Vital statistics of India. Vol. V, Reports of 1876 on armies & jails and on epidemic cholera
Year: 1876
Disease focus: Cholera
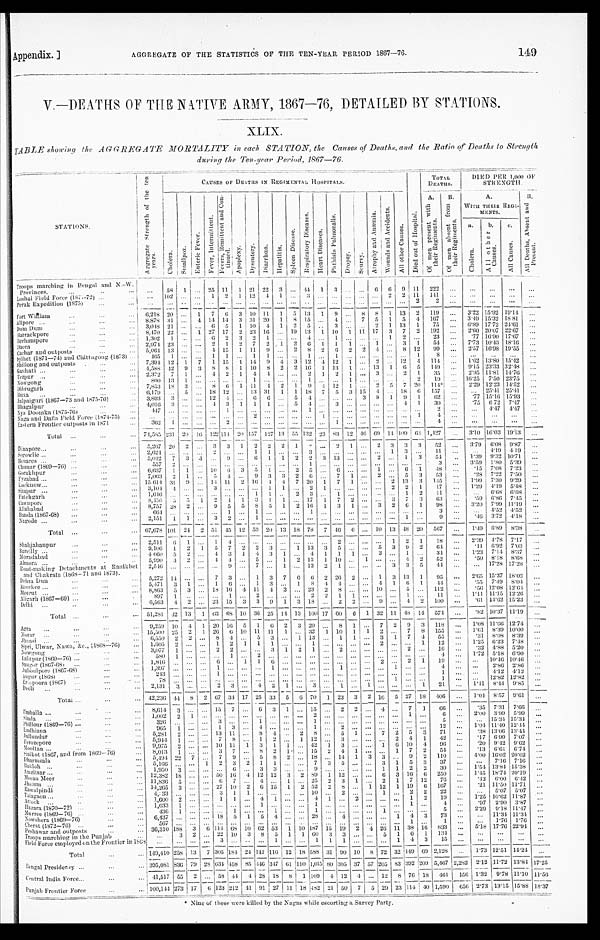
Appendix.]
AGGREGATE OF THE STATISTICS OF THE TEN-YEAR PERIOD 1867—76.
149
V.—DEATHS OF TIME NATIVE ARMY, 1867—76, DETAILED BY STATIONS.
XLIX.
TABLE showing the AGGREGATE MORTALITY in each STATION, the Causes of Deaths, and the Ratio of Deaths to Strength
during the Ten-year Period, 1867—76.
S T A T I O N S .
A g g r e g a t e S t r e n g t h o f t h e t e n y e a r s .
CAUSES OF DEATHS IN REGIMENTAL HOSPITALS.
D i e d o u t o f H o s p i t a l .
TOTAL
DEATHS.
DIED PER
1,000 STRENGTH.
C h o l e r a .
S m a l l p o x .
E n t e r i c F e v e r .
F e v e r I n t e r m i t t e n t .
F e v e r s , R e m i t t e n t a n d C o n - t i n u e d .
A p o p l e x y .
D y s e n t e r y .
D i a r r h œ a .
H e p a t i t i s .
S p l e e n D i s e a s e .
R e s p i r a t o r y D i s e a s e s .
H e a r t D i s e a s e s .
P h t h i s i s P u l m o n a l i s .
D r o p s y .
S c u r v y .
A t r o p h y a n d A n æ m i a .
W o u n d s a n d A c c i d e n t s .
A l l o t h e r C a u s e s .
A . O f m e n P r e s e n t w i t h t h e i r R e g i m e n t s .
B . O f m e n a b s e n t f r o m t h e i r R e g i m e n t s .
A . W I T H T H E I R R E G I - M E N T S .
B . A l l D e a t h s , A b s e n t a n d P r e s e n t .
a . C h o l e r a .
b . A l l O t h e r C a u s e s .
c . A l l C a u s e s .
Troops marching in Bengal and N.
-W. Provinces. . . .
. . .
58
1
. . .
25 11
1 21 22
3
. . .
4 4 1
3
. . .
. . .
6
6 9 11
222
. . .
. . .
. . .
. . .
. . .
. . .
102
. . .
. . .
1
2
1
12
4
1 . . .
3
. . .
. . .
. . .
. . .
. . .
2
2
1 1
1 4 1
. . .
. . .
. . .
. . .
. . .
Loshai Field Force (1871-72) . . .
Perak Expedition (1875) . . .
. . .
. . .
. . .
. . .
. . .
. . . . . .
. . .
. . .
. . . . . .
. . .
. . .
. . . . . .
. . .
. . .
. . .
. . .
2
2
. . .
. . .
. . .
. . .
. . .
Fort Wihiam . . .
6,218 20
. . .
1
7
6
3 10 11
1
5
13
1
9
. . .
8
8
1
13
2
119
. . .
3.22 15.92 19.14
. . .
8.878 31
. . .
4 14 14
3
31 20
1
8 15
. . .
4
. . .
7
5
1
5
4
167
. . .
3.49 15.32 18.81
. . .
Alipore . . .
3,048
2 1
. . .
. . . 6
5
1
1 0
4
1
2
5
. . .
3
. . .
. . . 2
1
13
1
75
. . .
6.89 17.72 24.61
. . .
Dum Dum . . .
8,470 22
. . .
1 27 17
2 23 16
. . .
19 13
1 10
1
11 17
3
7
2
192
. . .
2.60 20.07 22.67
. . .
Barrackpore . . .
1,302
1
. . .
. . .
6
2
3
2
1
. . . . . .
4
. . .
1
. . .
. . .
. . . 1
2
. . .
23
. . .
.77 16.90 17.67
. . .
Berhampore . . .
2,974 23
. . .
. . . 2
1
2
7
2
1
2
6
1
1
1
. . .
1
. . .
3
1
54
. . .
7.73 10.43 18.16
. . .
Dacca . . .
5,064
1 3
. . .
. . .
4 15
1
11
9
. . .
2
8
2
6
2
2
4
. . .
8 12
99
. . .
2.57 16.98 19.55
. . .
Cachar and outposts . . .
4 6 5
1
. . .
. . .
1
1
. . .
1
1
. . . . . .
1
. . .
1
. . .
. . .
. . .
. . .
. . . 1
8
. . .
. . .
. . .
. . . . . .
Sylhet (1871—74) and Chittagong (1873) . . .
7,394 12
1
7
1 15
1
14
9
4
3 12
4 12
1
. . .
2
. . . 12
4
114
. . .
1.62 13.80 154.2
. . .
Shillong and outposts . . .
4,588 42
9
3
8
8
1
10
8
2
2 16
1
13
1
. . . 13
1
6
5
1 4 9
. . .
9.15 23.33
3 2 . 4 8
. . .
G a u h a t i . . .
2,372
7
1
. . . 4
2
1
4
4
. . . . . .
2
1
2
1
. . . 3
. . .
2
1
35
. . .
2.95 11.81
1 4 . 7 6
. . .
Tezpur . . .
Nowgong . . .
800 13
1
. . .
. . .
. . .
. . .
1
. . .
. . . . . .
1
. . .
. . .
1
. . .
. . .
. . .
. . .
2
19
. . .
16.25 7.50 23.75
. . .
7,853
1 8 3
. . .
8
6
1
11
4
2
1
9
4
1 2 1
. . . 2
5
7 20
114*
. . .
2.29 12.23 14.52
. . .
Dibrugarh . . .
6,179
. . . 5
. . .
1 8 12
. . .
1 3 31
1
1
18
7
5
3 15
4
. . .
18
6
157
. . .
. . .
25.41 25.41
. . .
Buxa . . .
Jalpaiguri (1867—73 and 1875-76) . . .
3,893
3
. . .
. . . 12
4
. . . 6
6
. . .
5
4
. . .
. . . . . .
3
8
1
9
1
6 2
. . .
. 7 7 15.16 15.93
. . .
4,016
3
. . .
. . . 4
3
1
1
1
. . .
5
4
. . .
3
. . .
. . .
. . .
. . .
4
1
30
. . .
.75 6 72
7.47
. . .
Bhagalpur . . .
417
. . .
. . .
. . .
. . .
1
. . .
. . .
. . .
. . . . . .
1
. . .
. . . . . .
. . .
. . .
. . .
. . .
. . .
2
. . .
. . .4.47
4 . 4 7
. . .
Nya Doomka (1875-76) . . .
. . .
. . .
. . .
. . .
. . .
. . .
. . .
2
. . .
. . . . . .
. . .
1
. . . . . .
. . .
. . .
. . .
. . . 1
4
. . .
. . .
. . .
. . . . . .
Naga and Dafla Field Force (1874-75) . . .
E a s t e r n F r o n t i e r o u t p o s t s i n 1 8 7 1 . . .
362
1
. . .
. . .
. . .
2
. . .
. . .
. . .
. . . . . .
. . .
. . .
1 . . .
. . .
. . .
. . .
. . .
. . .
4
. . .
. . .
. . .
. . . . . .
Total . . .
74,585
231
20
16 122 1 1 4
20 157 127 13 55 132
2 3
8 3
12
4 6 69 14 109
6 4
1,427
. . .
3 . 1 0
1 6 . 0 3 19.13
. . .
Dinapore . . .
5,267 20
2
. . .
3
3
1
2
2
2
1
2
. . .
2 1
. . .
2 3
3
3
52
. . .
3 . 7 9
6.08 9.87
. . .
2,624
. . . . . .
. . .
2
. . .
. . .
1
1
. . . . . .
3
. . .
. . . . . .
. . .
. . .
1
3
. . .
1 1 . . .
. . .
4 . 1 9
4 . 1 9. . .
Segowlie . . .
5,042
7
3 .1
. . .
9
. . .
6
1
1
2
2
3 13
. . .
. . .
2
. . . 1
3
54
. . .
1.39 9.32 10.71
. . .
Benares . . .
557
2
. . .
. . .
. . .
. . .
. . .
. . .
. . .
. . . . . .
1
. . .. . .
. . .
. . .
. . .
. . .
. . .
. . .
3
. . .
3.59
1.80 5.39 . . .
Chunar (1869-76) . . .
6,637
1
1
. . . 10
6
3
5
1
. . .
2
5
. . .
6
. . .
. . .
1
. . . 6
1
4 8
. . .
.15
7.08
7.23
. . .
Gorakhpur . . .
7,063
2
1
. . .
5
4
. . .
9
3
3
2
6
. . .
7
1
. . . 2
. . . 5
3
53
. . .
.28
7.22
7.50
. . .
Fyzabad . . .
15,614 31
9
. . .
1 4 1 1
2 16
4 4
7
2 0 1
7
1
. . .
. . . 2 13
3
145
. . .
1.99
7.30 9.29
. . .
Lucknow . . .
Sitapur . . .
3,104
4
. . .
. . .
3
. . .
. . .
. . . 1
1 . . .
2
1 . . .
. . .
. . .
. . . 2
2
1
17
. . .
1.29 4.19
5.48
. . .
1,646
. . .
. . .
. . .
. . .
. . .
. . .
1
1
. . .
2
3
. . .
1
. . .
. . .
. . .
. . .
1
2
1 1
. . .
. . .
6.68
6.68
. . .
F a t e h g a r h . . .
8,456
5
5
1
2
4
1
3
1
1 . . .
1 7
1
7
2
. . .
. . .
3
7
3
63
. . .
. 5 9 6.86 7.45
. . .
Cawnpore . . .
8,757 28
2
. . .
9
5
5
8
5
1
2 16
1
3
1
. . .
3 2
6
1
9 8
. . .
3.20 7.99 11.19
. . .
Allahabad . . .
664
. . .
. . .
. . .
. . .
1
. . .
1
. . .
. . . . . .
1 . . . . . .
. . .
. . .
. . .
. . .
. . .
. . .
3
. . .
. . .
4.52 4.52
. . .
Banda (1867-68) . . .
2,151
1
1
. . .
3
2
. . .
1
. . .
. . . . . .
. . .
. . . . . .
. . .
. . .. . .
. . .
1
. . .
9
. . .
. 4 6 3.72
4 . 1 8
. . .
Nagode . . .
Tot al . . . 67,678
1 0 1
24
2 51 45
12 53 20 13 18
78
7 46
6
. . . 10 13 48 20
567
. . .
1.49
6 . 8 9 8.38 . . .
Shahjahanpur . . .
2,511
6
1
. . .
1
4
. . .
. . .
. . .
. . .
. . .
. . .
. . .
2
. . .
. . .
. . .
1
2
1
1 8
. . .
2.39 4.78
7.17
. . .
9,106
1
2
1
5
7
2
2
3
. . .
1 13
3
5
. . .
. . .
5
3
9
2
6 4
. . .
. 1 1
6.92
7.03 . . .
Bareilly . . .
4 060
5
2
. . .
4
3
1
4
3
1 . . .
4
1
1
1
. . . 3
. . .
1
. . .
34
. . .
1.23 7.14
8.37
. . .
Moradabed . . .
5,990
3
2
. . .
4
4
. . . 5
. . .
1
2 13
1 10
. . .
1
. . .
. . .
4
2
52
. . .
.50 8.18 8.68 . . .
Almora . . .
2,546
. . .
. . .
. . .
. . .
9
. . .
7
. . .
1 . . . 13
2
1
. . .
. . .
. . .
3
3
5
4 4
. . .
. . .
17.28 17.28
. . .
Road-making Detachments at Ranikhet and Chakrata (1868—71 and 1873). . . .
5,272
1 4
. . .
. . .
7
3
. . .
1
3
7
6
6
2 26
2
. . . 1
3
13
1
9 5
. . .
2.65 15.37 18.02 . . .
Dehra Dun . . .
5,471
3
1
. . .
1
6
. . .
1
3
. . .
1
8
4 4
. . .
. . . 4
1
6
1
4 4
. . .
. 5 5 7.49
8.04
. . .
Roorkee . . .
8,863
5
3
. . . 18 16
4 11
4
3 . . .
2 3 2
8
. . .
. . . 10
. . .
5
. . .
1 1 2
. . .
. 5 6 12.08 12.64 . . .
Meerut . . .
897
1
. . .
. . .
. . .
1
. . . 2
. . .
. . . . . .
2
2
1
1
. . .
. . .
. . .
1
. . .
1 1 . . .
1 . 1 1 11.15 12.26
. . .
Aligarh (1867—69) . . .
6,563
4
2
. . . 23 15
3
3
9
1
3 18
. . .
2
2
. . .
9
. . .
4
2
1 0 0
. . .
. 6 1
1 4 . 6 2
1 5 . 2 3
. . .
Delhi . . .
Total . . .
51,281 42 13
1 63 68 10 36 25 14 13 100 17 60
6
1 32
1 1 48 14
574
. . .
.82 10.37 11.19
. . .
Agra . . .
9,259 10
4
1
20 16
5
1
6 2
3 20
. . .
8
1
. . . 7
2
9
3
118
. . .
1.08 11.66 12.74
. . .
15,500 25
2
1 26
6 10 11
11
1 . . .
3 2 1
10
1
1
2
. . . 7
8
155
. . .
1 . 6 1 8.39 10.00
. . .
Morar . . .
6,550
2
2
. . . 8
4 . . .
5
3
. . . 1 13
. . .
1
1
. . .
3
1
7
4.
55
. . .
.31
8.08
8.39
. . .
Jhansi . . .
1,605
2
. . .
. . .
1
2
1
1
1
. . . . . .
1
. . . . . .
. . .
. . . 2
. . .
. . .
1
12
. . .
1 . 2 5
6 . 2 3 7.48
. . .
Sipri, Ulwar, Nawa, &c., (1868—76) . . .
3,077
1
. . .
. . .
2
2 . . .
. . .
3
1
2
1
. . . 2
. . .
. . .
. . .
. . . 2
. . .
16
. . .
.32 4.88 5.20
. . .
Nowgong . . .
580
1
. . .
. . .
. . .
1 . . .
2
. . .
. . . . . .
. . .
. . . . . .
. . .
. . .
. . .
. . .
. . .
. . .
4
. . .
1.72
5.18 6.90
. . .
Lalitpur (1869—76) . . .
1,816
. . .
. . .
. . .
6
. . .
1
1
6
. . .
. . .
. . .
. . . . . .
. . .
. . .
2
. . . 2
1
19
. . .
. . .
10.46 10.46
. . .
Sangor (1867-68) . . .
Jubbulpore (1867-68) . . .
1,397
. . .
. . .. . .
1
. . . . . .
. . .
1
. . .
. . .
. . .
. . .1
. . .
. . .
. . .
1
. . .
. . .
4
. . .
. . .
2.86 2.86
. . .
243
. . .
. . .. . .
1
. . . . . .
. . .
. . .
. . .
. . .
. . .. . . . . .
. . .
. . . . . .
. . .
. . .
. . . 1
. . .
. . .
4 . 1 2
4 . 1 2
. . .
Augur (1868) . . .
Erinpoora (1867) . . .
78
. . .
. . .. . .
. . .
. . . . . .
. . .
. . .
. . .
. . .
. . .. . .
. . .
. . .
. . .
. . .
1
. . .
. . .
1
. . .
. . .
12.82 12.82
. . .
2,131
3
. . . . . .
2
3 . . .
4
2
1
. . . 3 . . .
1
. . .
1
. . .
. . .
. . .
1
21
. . .
1.41
8 . 4 4
9 . 8 5
. . .
Deoli . . .
Total . . .
42,236 44
8
2 67
3 4 17 25 33
5
6 70
1
23
3
2 1 6
5 27 18
4 0 6
. . .
1.04
8.57 9.61
. . .
Umballa . . .
8,614
3 . . . . . . 15
7 . . .
6
3
1
. . .
1 5
. . .
2 2
. . .
4
. . . 7
1
66
. . .
. 3 5
7.31
7.66
. . .
1 , 0 0 2
2
1 . . .
. . .
. . .. . .
. . .
. . .
. . .
. . .
2 . . .
. . .
. . .
. . .
. . .
. . .
1
. . .
6
. . .
2.00
3 . 9 9 5.99
. . .
Simla . . .
326
. . . . . . . . .
3
. . . . . .
1
. . .
. . .
. . .
1 . . .
. . .
. . .
. . .
. . .
. . .
. . .
. . .
5
. . .
. . .
15.34 15.34
. . .
Phillour (1869—76) . . .
965
1 . . . . . .
1
3 . . .
4
. . .
. . .
. . .
1 . . .
2
. . .
. . .
. . .
. . .
. . .
. . .
1 2
. . .
1.04
1 1 . 4 0 12.44
. . .
Ludhiana . . .
5,281
2 . . . . . . 13 11 . . .
8
4
. . .
2
8 . . .
5
1
. . .
7
2
5
3
71
. . .
.38 13.06 13.44
. . .
Jullundur . . .
5,944
1 . . . . . .
7
8 . . .
1
2
. . .
1
12 . . .
3
. . .
. . .
. . .
2
4
1
4 2
. . .
.17
6.90
7.07
. . .
Ferozepore . . .
9,975
2 . . . . . . 10 11
1
3
1
1
. . . 42
1
3
. . .
. . . 1
6 10
4
96
. . .
. 2 0
9.42 9.62
. . .
Mooltan . . .
8,013
1 . . . . . .
3
7 . . .
8
2
1
. . . 15
2
4
1
. . .
. . .
1
7
2
54
. . .
.13 6.61 6.74
. . .
Sialkot (1867, and from 1869—76) . . .
5 , 4 9 4
2 2
7 . . .
7
9 . . .
5
8
2
. . . 18 . . . 14
1
3
3
. . . 9
2
1 1 0
. . .
4.00
16.02
2 0 . 0 2
. . .
Dharmsala . . .
5,166
. . . . . .
1
2
3
2
1
1
. . .
. . . 7
3 5
. . .
. . .
3
1
5
3
37
. . .
. . .
7 . 1 6 7.16
. . .
Bakloh . . .
1 ,950
3 . . . . . .
. . .
6 . . .
3
3
. . .
. . . 9 . . .
. . .
. . .
. . . 1
1
2
2
30
. . .
1 . 5 4
1 3 . 8 4
1 5 . 3 8
. . .
Amritsar . . .
12,382 18 . . . . . . 50 1 6
4 12 12
3
2 89
1
12
. . .
. . . 6
3 16
6
250
. . .
1.45 18.74 20.19
. . .
Meean Meer . . .
11,836
5 . . . . . .
6
7 . . .
4
. . .
1
. . . 25
2 3
1
. . .
2
1
7 12
76
. . .
. 4 2 6.00
6 . 4 2
. . .
Jhelum . . .
14,265
3 . . . . . . 27 10
2
6 15
1
2 52
2
8
. . .
1 12
1 19
6
167
. . .
.21 11.50 11.71
. . .
Rawalpindi . . .
4,333
. . . . . . . . .
3
1
1
. . .
. . .
. . .
. . . 10 . . .
2
. . .
. . .
1
. . .
2 2
22
. . .
. . .
5.07
5.07
. . .
Talagaon . . .
1,600
2 . . . . . .
1
1 . . .
4
1
. . .
. . . 4
1
. . . 2
. . .
. . .
. . . 1
2
19
. . . 1.25 10.62 11.87
. . .
Altock . . .
1,033
1 . . . . . .
. . .
. . .. . .
1
. . .
. . .
. . .
1 . . .
. . .
. . .
. . .
. . .
. . .
1
. . .
4 . . .
. 9 7
2.90 3.87 . . .
Hazara (1870—72) . . .
436
1 . . . . . .
. . .
1 . . .
. . . 1
. . .
. . . 1
. . .
. . .
. . .
. . . 1
. . .
. . .
. . .
5
. . .
2.29
9.18 11.47 . . .
Murree(1869—76) . . .
6,437
. . . . . . . . . 18
5
1
5
4
. . .
. . .
2 8 . . .
4
. . .
. . .
. . .
1
4
3
73
. . .
. . .
11.34 11.34
. . .
Nowshera (1869—76) . . .
567
. . .. . . . . .
. . .
. . . . . .
. . .
. . .
. . .
. . .
. . .. . .
. . .
. . .
. . .
. . .
. . .
1
. . .1
. . .
. . .
1 . 7 6
1 . 7 6
. . .
Cherat (1872—76) . . .
36,310 188
3
6
1 1 4
6 8 10
62 53
1 10 187 15 19
2
4 26 11 38
1 6
8 3 3
. . .
5 . 1 8
1 7 . 7 6
2 2 . 9 4
. . .
Peshawar and outposts . . .
. . .
3
2 . . . 22 10
3
8
5
1
1 60
3
3
. . .
. . . 5
1
6
1
134
. . .
. . .
. . .
. . .
. . .
Troops marching in the Punjab . . .
. . .
. . . . . . . . .
3
. . . . . .
. . .
1
. . .
. . .
1 1
1
. . .
. . .
. . .
1
4
3
1 5
. . .
. . .
. . .
. . .
. . .
Field Force employed on the Frontier in 1868
Total . . . 149,410 258 13
7 305 184 24 142 116 12 18 588
31 90 10
8 72
3 2
149
6 9 2,128
. . .
1.73 12.51 14.24
. . .
Bengal Presidency . . . 395,081 836 79 28
6 3 4 458 85 446 347
6 1 110 1,015 80 305 37 57 205
8 3
392 209 5,467 2,282
2.12 11.72 13.84 17.25
Central India Force . . .
41,517
5 5
2 . . . 58
4 4 4 28 18
8
1 109
4
12
4
. . .
12
8
7 6 18
4 6 1
156 1.32
9.78 11.10
11.56
Punjab Frontier Force . . .
100,1
44
273
17
6 123 212 41
9 1 27 11 18 482 21 50
7
5 29 23
1 1 4 40 1,590 656
2 . 7 3
13.15 15.88 18.37
*Nine of these were killed by the Nagas while escorting a Survey Party.